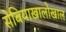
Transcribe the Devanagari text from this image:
सेबियाखालोखाल